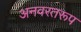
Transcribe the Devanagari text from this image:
अनवरतरूप